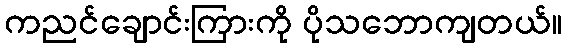
ကညင်ချောင်းကြားကို ပိုသဘောကျတယ်။